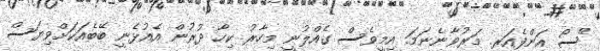
"ސޯ އަންފެއަރ. މަރުވާނެނަމަ. އިމީވެސް ގެއްލުނީ މިހާރު ކިހާ ދުރުން އެއުޅެނީ ބޭބެއަކަށްވިޔަސް